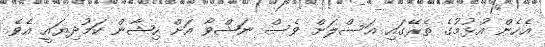
އެހެން އުޅުމުގެ ތެރޭގައި އަސްލަށް ވެސް ނަޝްވާ އަށް ހިޝާން ކަމުދިޔައީ އެވެ.